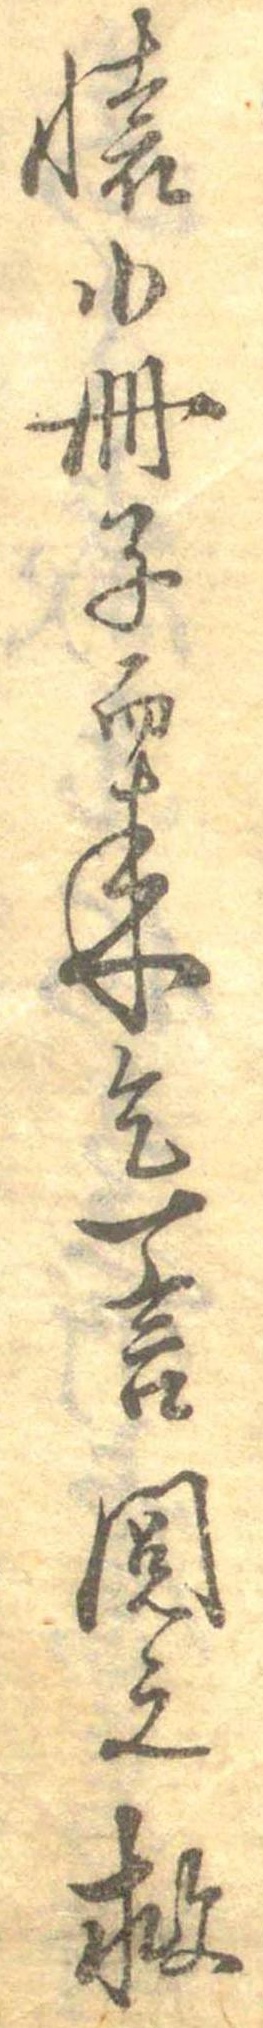
懐小冊子而来乞一言閲之救